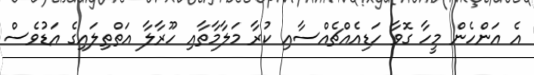
އެ އަންހެން މީހާ ގޮވާ ހަޑިއެއްޗެއްސާއި ކުރާ މަލާމާތާއި ހޫރާލާ އަތްތިލައިގެ އަޑުވެސް